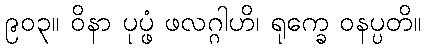
၉၀၃။ ဝိနာ ပုပ္ဖံ ဖလဂ္ဂါဟိ၊ ရုက္ခေ ဝနပ္ပတိ။